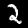
Label: 2